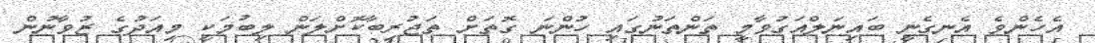
އެހެންވެ އެނގެނީ ބައިނަލްއަގުވާމީ ތަންތަނުގައި ހުންނަ ގޮތަށް ތަޖުރިބާކޮށްލަން ލިބުމަކީ މިއަދުގެ ޒުވާނުން